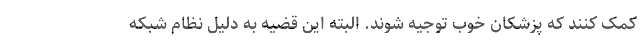
کمک کنند که پزشکان خوب توجیه شوند. البته این قضیه به دلیل نظام شبکه